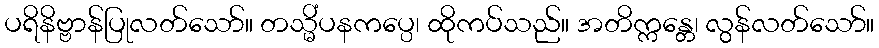
ပရိနိဗ္ဗာန်ပြုလတ်သော်။ တသ္မိံပနကပ္ပေ၊ ထိုကပ်သည်။ အတိက္ကန္တေ၊ လွန်လတ်သော်။